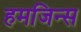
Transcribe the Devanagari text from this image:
हमजिन्स